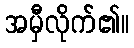
အမှီလိုက်၏။